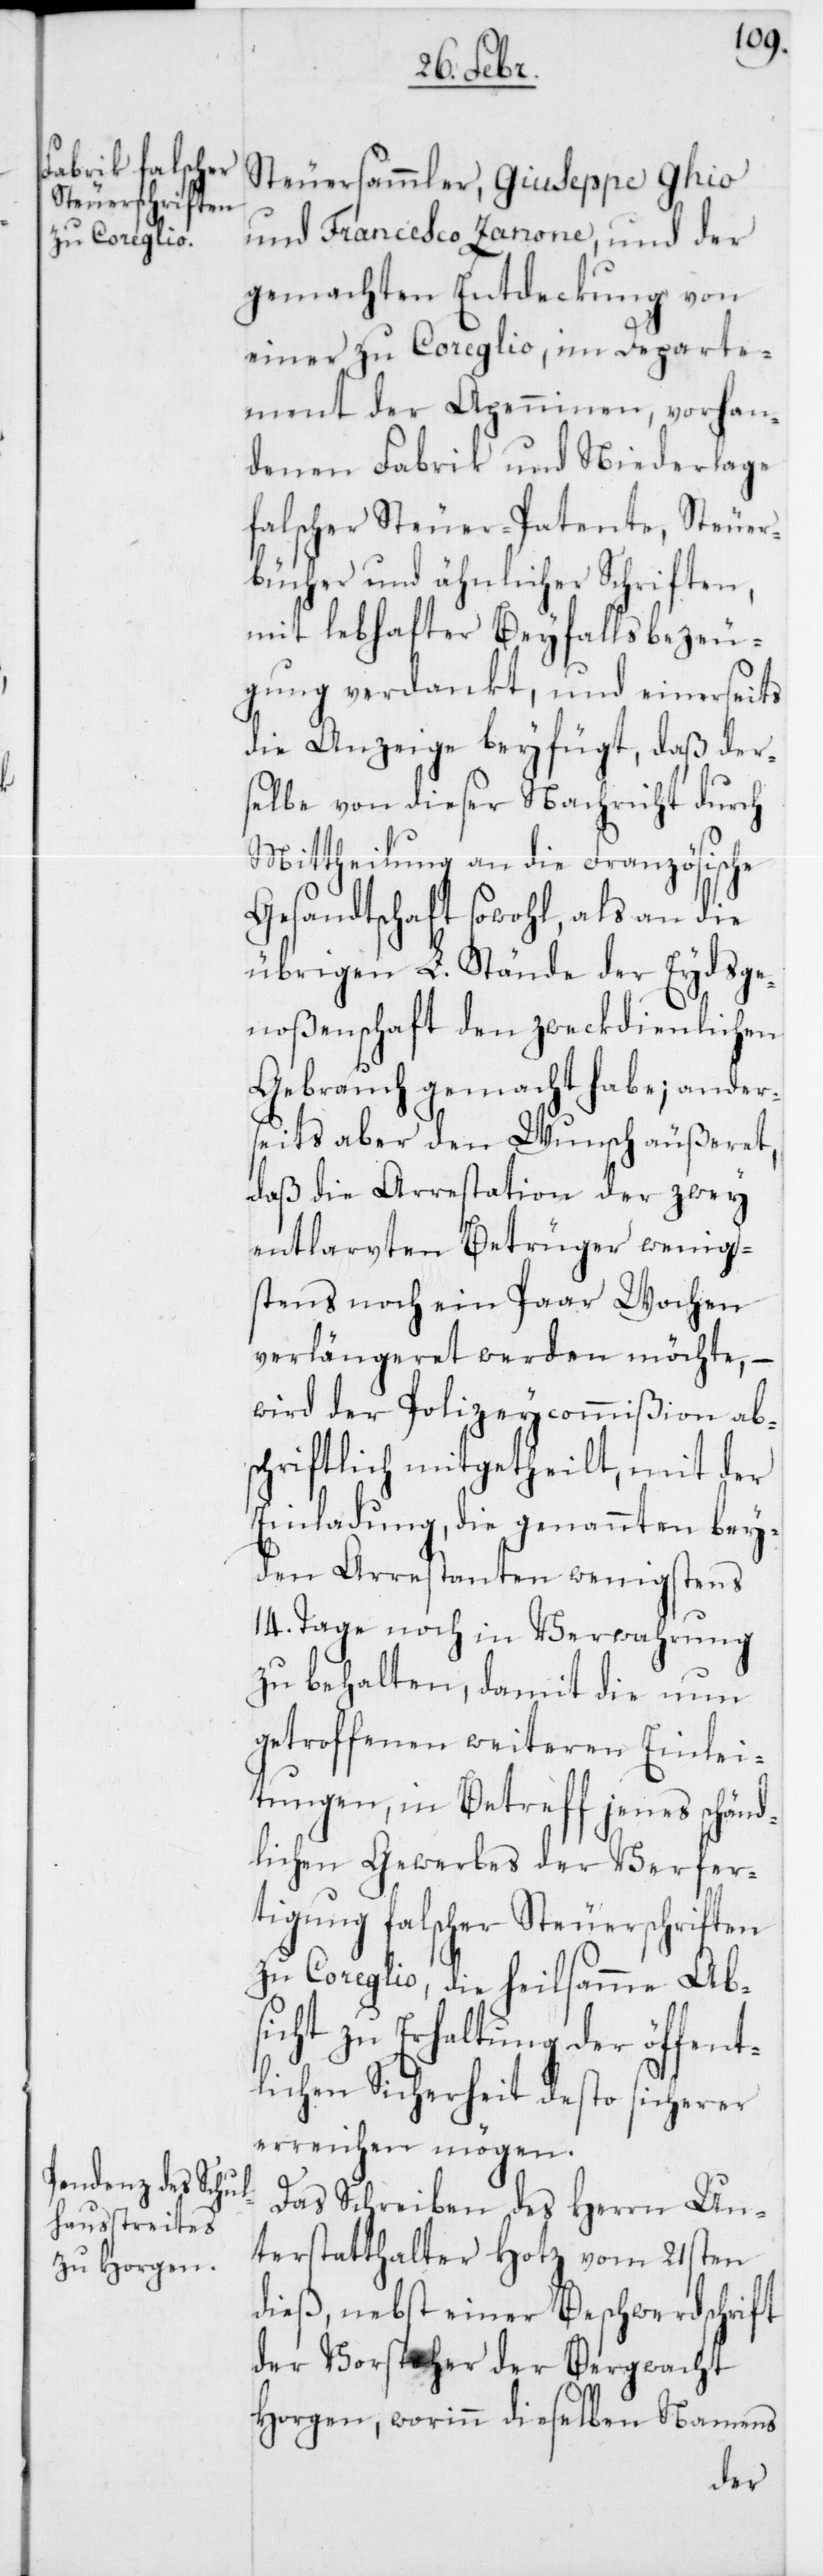
Steuersammler, Giuseppe Ghio
und Francesco Zanone, und der
gemachten Entdeckung von
einer zu Coreglio, im Departe¬
ment der Apenninen, vorhan¬
denen Fabrik und Niederlage
falscher Steuer-Patente, Steuer¬
bücher und ähnlicher Schriften,
mit lebhafter Beyfallsbezeu¬
gung verdankt, und einerseits
die Anzeige beyfügt, daß der¬
selbe von dieser Nachricht durch
Mittheilung an die Französische
Gesandtschaft sowohl, als an die
übrigen L. Stände der Eydsge¬
noßenschaft den zweckdienlichen
Gebrauch gemacht habe; anders¬
eits aber den Wusch äußeret,
daß die Arrestation der zwey
entlarvten Betrüger wenig¬
stens noch ein paar Wochen
verlängeret werden möchte, –
wird der Polizeycommißion abs¬
chriftlich mitgetheilt, mit der
Einladung, die genannten bey¬
den Arrestanten wenigstens
14. Tage noch in Verwahrung
zu behalten, damit die nun
getroffenen weiteren Einlei¬
tungen, in Betreff jenes schänd¬
lichen Gewerbes der Verfer¬
tigung falscher Steuerschriften
zu Coreglio, die heilsamme Ab¬
sicht zu Erhaltung der öffent¬
lichen Sicherheit desto sicherer
erreichen mögen.
Das Schreiben des Herrn Un¬
terstatthalter Hotz vom 21sten
dieß, nebst einer Beschwerdschrift
der Vorsteher der Bergwacht
Horgen, worinn dieselben namens